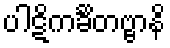
ပါဋိကင်္ခိတဗ္ဗာနိ